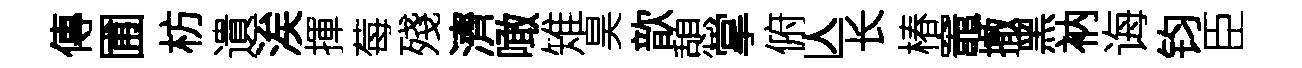
傳圃枋遺涘揮莓殘濟噉雉昊歆憩掌俯亾长椿竈撤黑衲诲钧臣